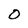
Character: O